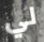
لي